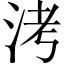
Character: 洘